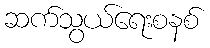
ဆက်သွယ်ရေးစနစ်